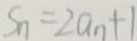
S _ { n } = 2 a _ { n } + 1